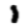
Digit: 1